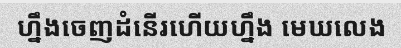
ហ្នឹងចេញដំនើរហើយហ្នឹង មេឃលេង